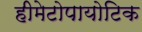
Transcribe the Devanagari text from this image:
हीमेटोपायोटिक